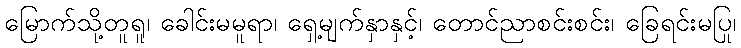
မြောက်သို့တူရူ၊ ခေါင်းမမူရာ၊ ရှေ့မျက်နှာနှင့်၊ တောင်ညာစင်းစင်း၊ ခြေရင်းမပြု၊